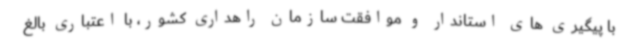
با پیگیری های استاندار و موافقت سازمان راهداری کشور، با اعتباری بالغ